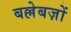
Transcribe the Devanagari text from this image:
बल्लेबज़ों